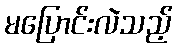
မပြောင်းလဲသည့်